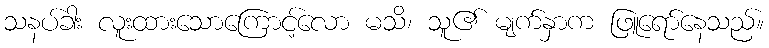
သနပ်ခါး လူးထားသောကြောင့်လော မသိ၊ သူ၏ မျက်နှာက ဖြူရော်နေသည်။